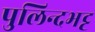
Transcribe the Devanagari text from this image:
पुलिन्दभट्ट